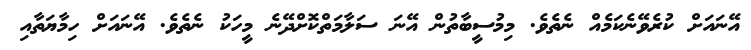
އޭނައަށް ކުރެވޭނެކަމެއް ނެތެވެ. މިމުސީބާތުން އޭނަ ސަލާމަތްކޮށްދޭނެ މީހަކު ނެތެވެ. އޭނައަށް ހިމާޔަތާއި